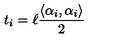
t _ { i } = \ell \frac { \left\langle \alpha _ { i } , \alpha _ { i } \right\rangle } { 2 }